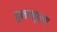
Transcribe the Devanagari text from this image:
चुनावपूर्ण